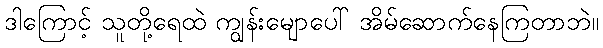
ဒါကြောင့် သူတို့ရေထဲ ကျွန်းမျောပေါ် အိမ်ဆောက်နေကြတာဘဲ။